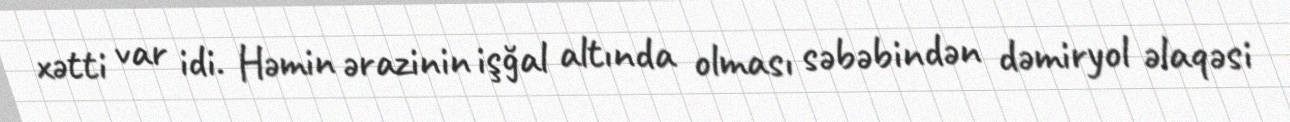
xətti var idi. Həmin ərazinin işğal altında olması səbəbindən dəmiryol əlaqəsi